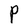
Character: P